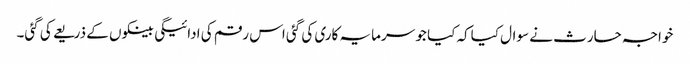
خواجہ حارث نے سوال کیاکہ کیا جو سرمایہ کاری کی گئی اس رقم کی ادائیگی بینکوں کے ذریعے کی گئی۔